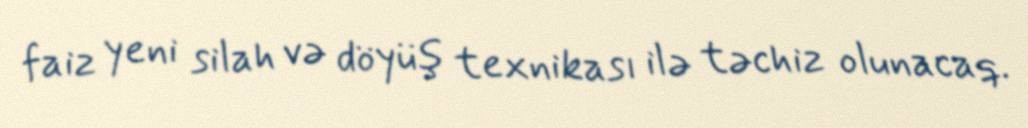
faiz yeni silah və döyüş texnikası ilə təchiz olunacaq.